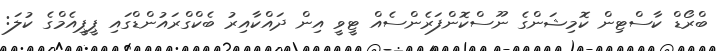
ބްރޯޑް ކާސްޓިން ކޮމިޝަންގެ ނޫސްކޮންފަރެންސެއް ޓީވީ އިން ދައްކާއިރު ބެކްގްރައުންޑްގައި ޕީޕީއެމްގެ ކުލަ: